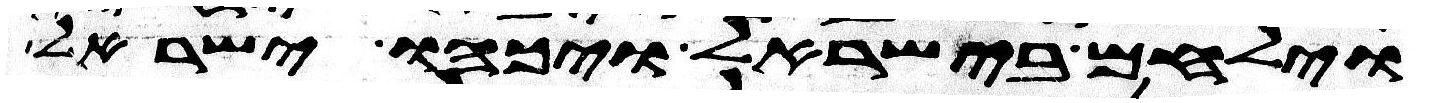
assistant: וילחם בישראל ויכהו ישראל